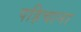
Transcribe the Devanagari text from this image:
पहिचाना